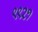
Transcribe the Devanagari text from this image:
९९२१